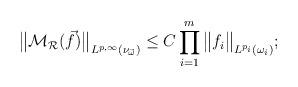
LaTeX: \begin{align*}{\big\|\mathcal{M}_\mathcal{R}(\vec{f})\big\|}_{L^{p,\infty}(\nu_{\vec{\omega}})} \leq C\prod_{i = 1}^m{\big\|f_i\big\|}_{L^{p_i}(\omega_i)};\end{align*}